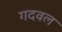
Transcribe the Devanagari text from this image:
गदवल